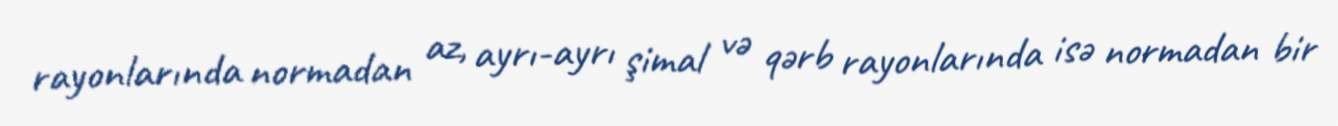
rayonlarında normadan az, ayrı-ayrı şimal və qərb rayonlarında isə normadan bir